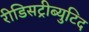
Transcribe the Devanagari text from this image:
रीडिसट्रीब्युटिद